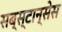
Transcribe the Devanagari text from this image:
सब्स्टान्सेस